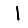
Digit: 1